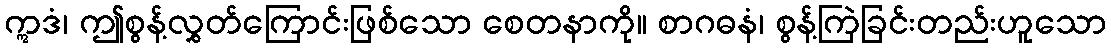
ဣဒံ၊ ဤစွန့်လွှတ်ကြောင်းဖြစ်သော စေတနာကို။ စာဂဓနံ၊ စွန့်ကြဲခြင်းတည်းဟူသော